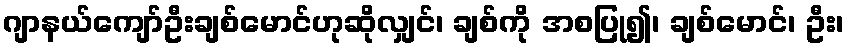
ဂျာနယ်ကျော်ဦးချစ်မောင်ဟုဆိုလျှင်၊ ချစ်ကို အစပြု၍၊ ချစ်မောင်၊ ဦး၊